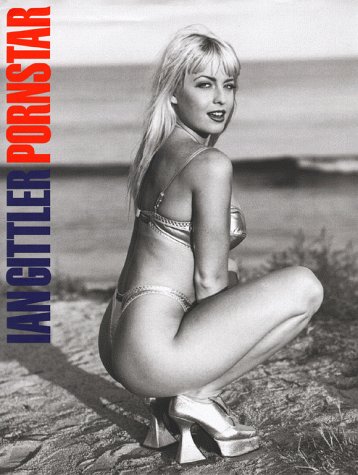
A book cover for Pornstar; Ian Gittler; Humor & Entertainment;